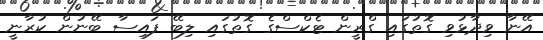
އޭނާ ވިދާޅުވި ގޮތުގައި ގްރީން ޓެކްސްގެ ގޮތުގައި ލިބޭ ފައިސާ ބޭނުން ކުރާނީ